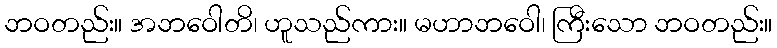
ဘဝတည်း။ အဘဝေါတိ၊ ဟူသည်ကား။ မဟာဘဝေါ၊ ကြီးသော ဘဝတည်း။